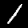
Label: 1